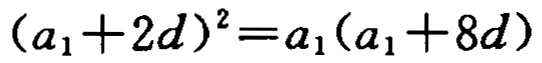
\((a_{1}+2d)^{2}=a_{1}(a_{1}+8d)\)